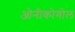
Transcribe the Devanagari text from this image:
ओनीकोगोल